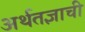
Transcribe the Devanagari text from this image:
अर्थतज्ञाची